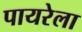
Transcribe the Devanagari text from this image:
पायरेला